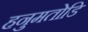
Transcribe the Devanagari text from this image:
हनुमतोडि